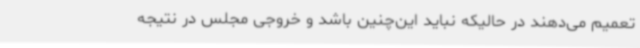
تعمیم می‌دهند در حالیکه نباید این‌چنین باشد و خروجی مجلس در نتیجه